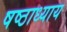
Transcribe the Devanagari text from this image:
षष्ठाध्याय